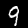
Label: 9